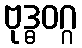
ဗုဒ္ဓဝဂ္ဂ